Bréfritari: Jakobína Jónsdóttir
Viðtakandi: Sólveig Jónsdóttir
Dagsetning: A-1885-11-09
Skrifað á: Bessastöðum  Gull.
systir bréfviðtakanda

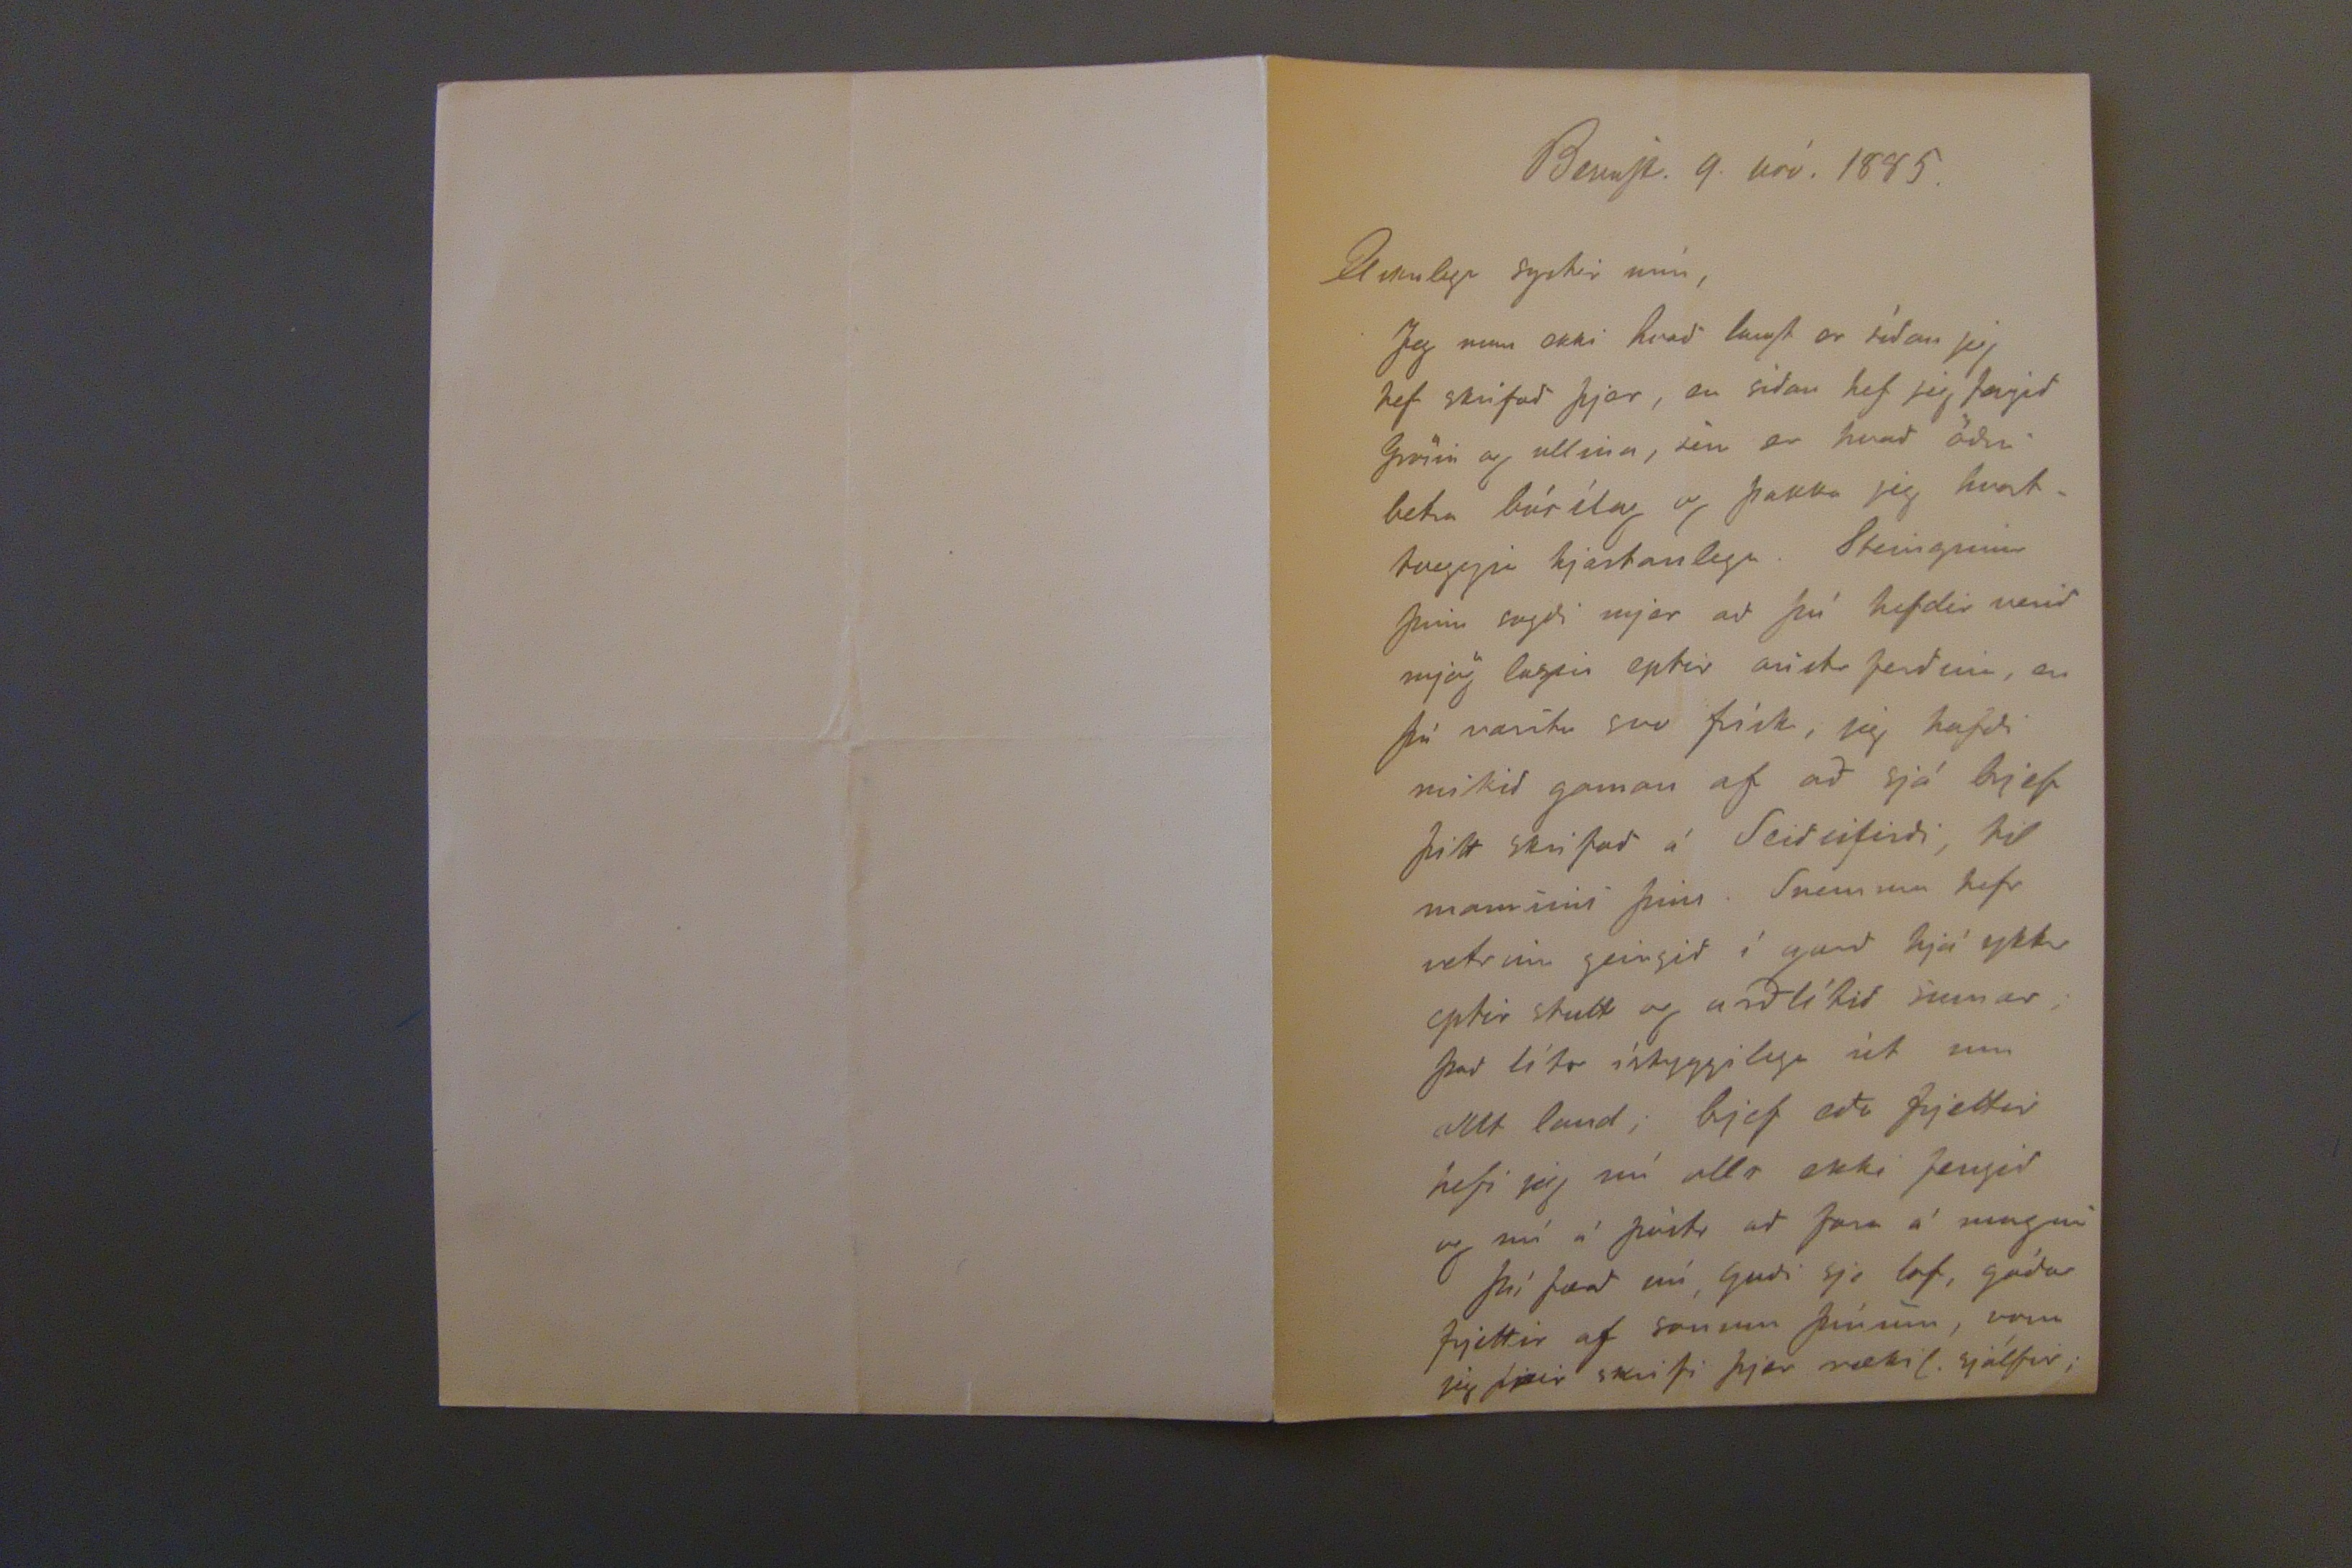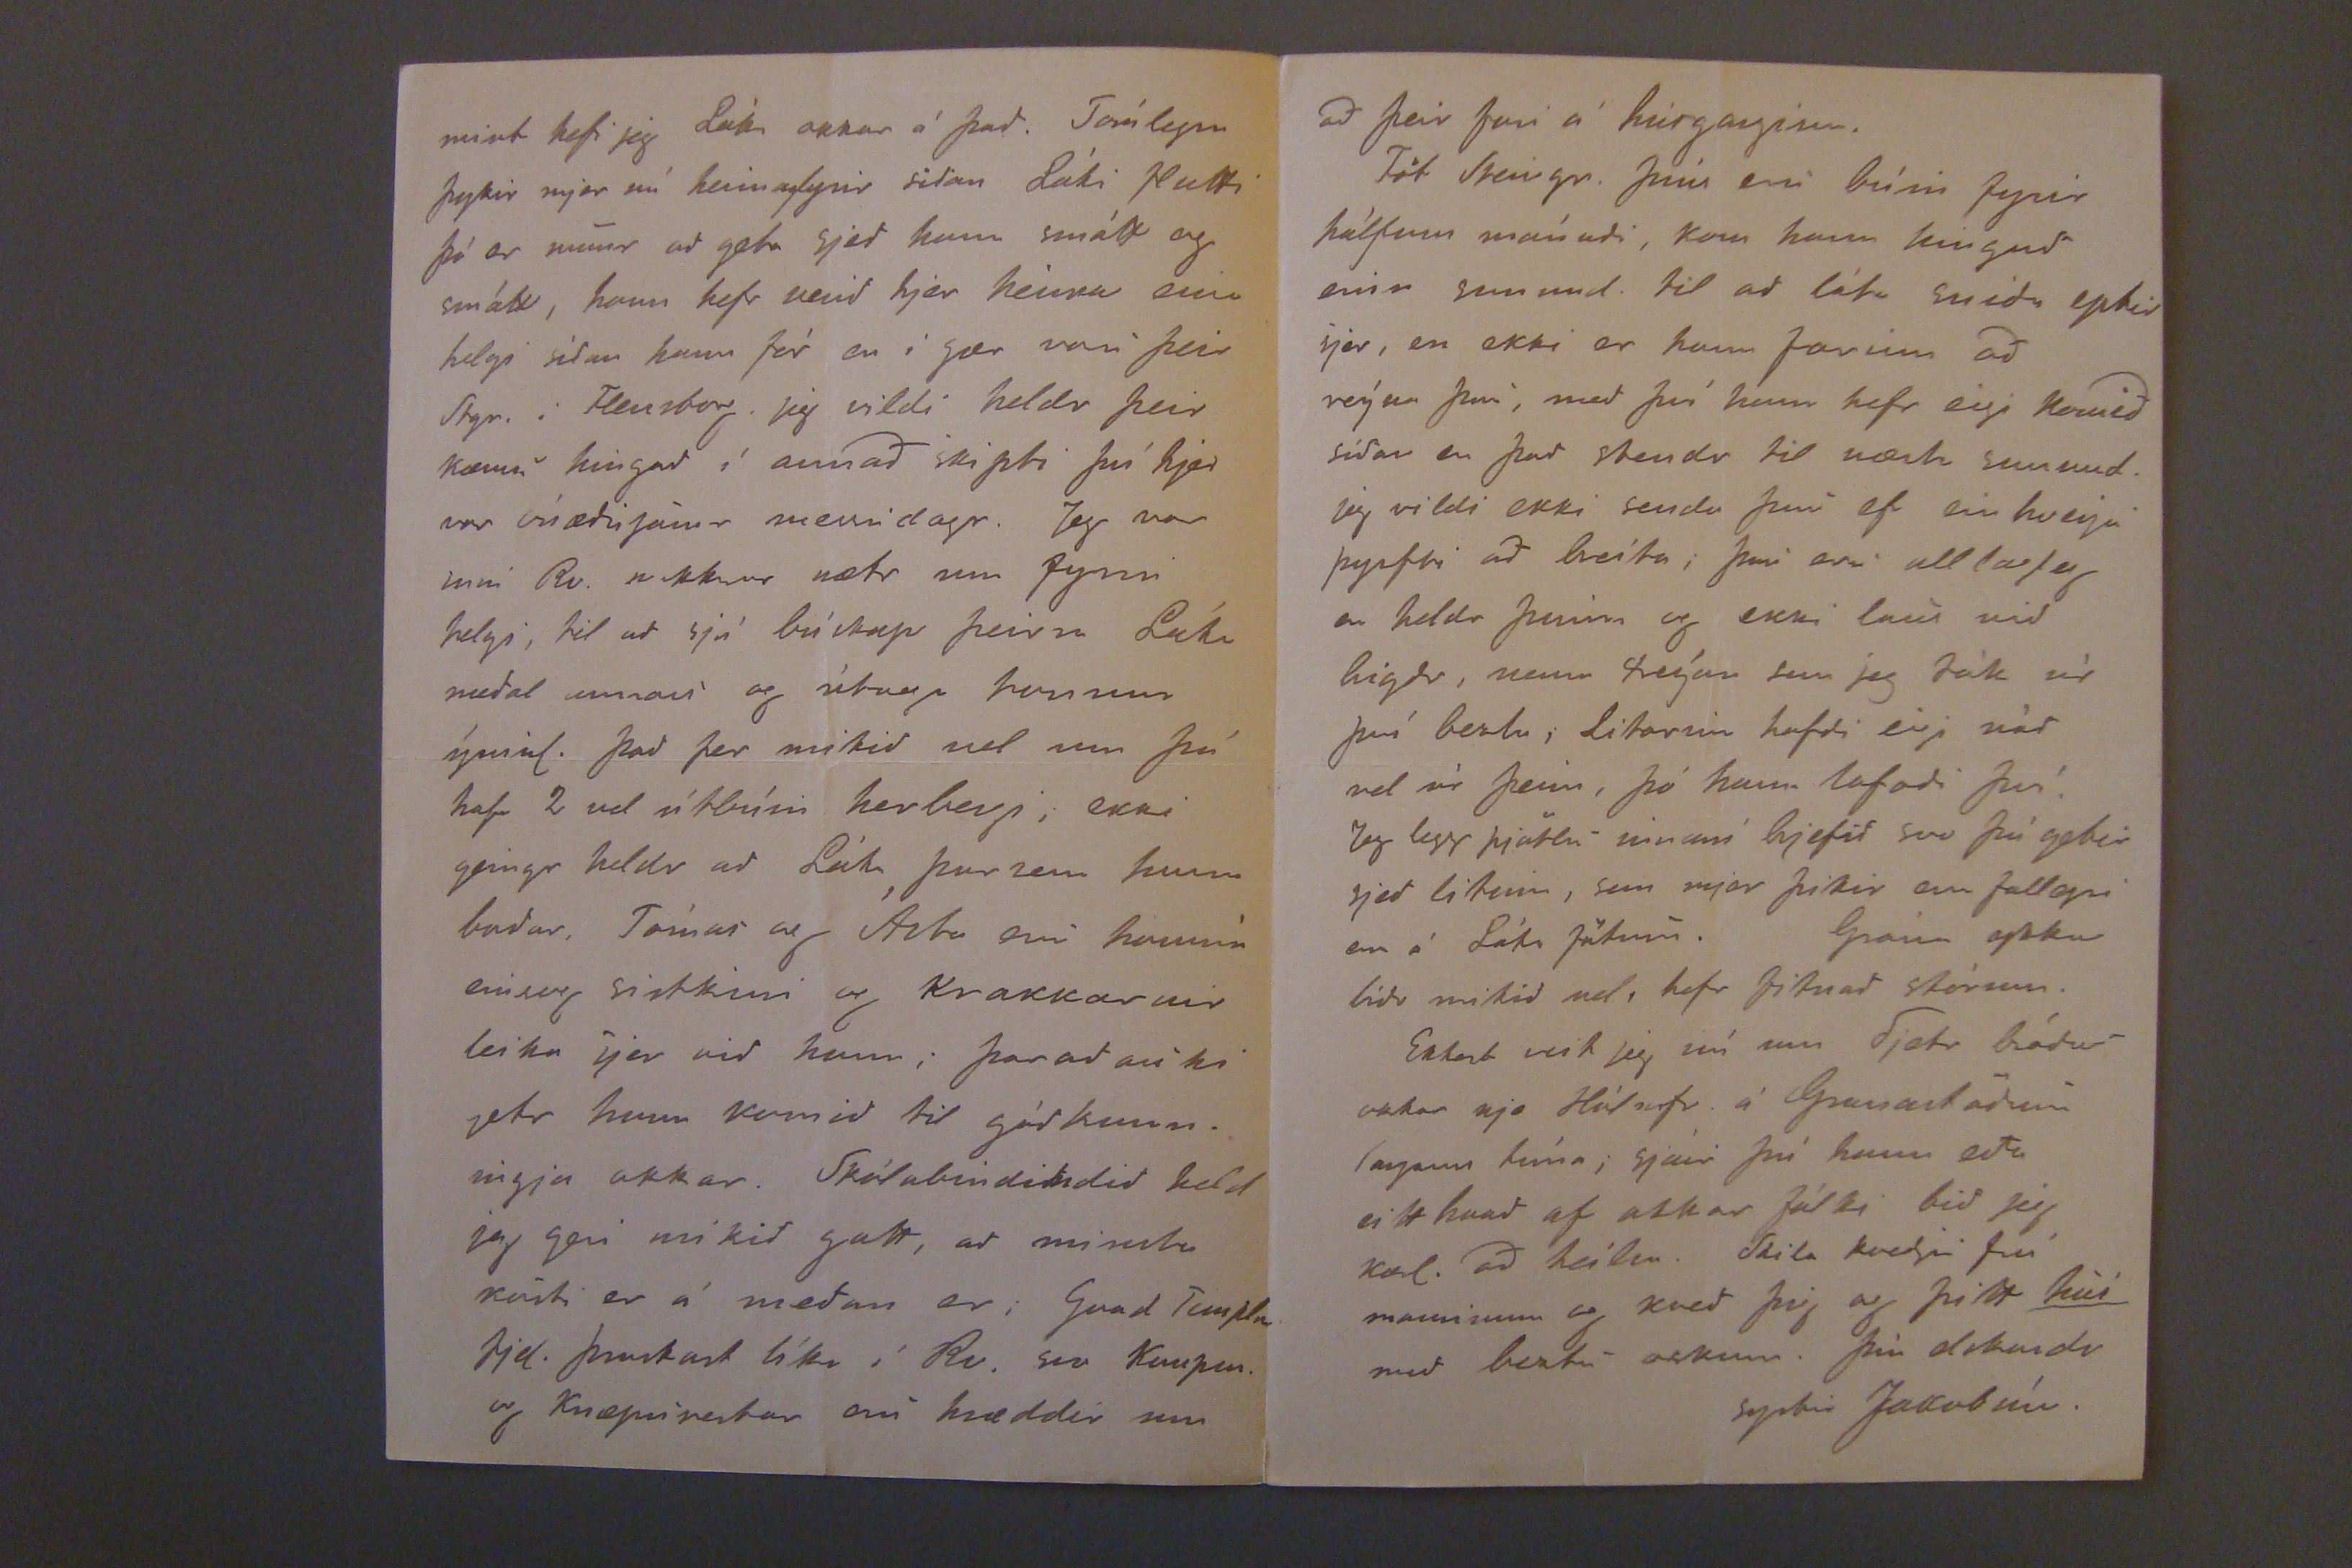

BessaSt. 9. nóv. 1885.
Elskulega systir mín,
Jeg man ekki hvað langt er síðan jeg hef skrifað þjer, en síðan hef jeg fengið Grösin og ullina, sem er hvað öðru betra búílag og þakka jeg hvorttveggji hjartanlega. Steingrimur þinn sagði mjer að þú hefdir verið mjög lasin eptir austr ferðina, en þú
varstu
svo frísk, jeg hafði mikið gaman af að sjá brjef þitt skrifað á Seiðisfirði, til mannsins þins. Snemma hefr veturinn geingið í garð hjá ykkr eptir stutt og arðlítið sumar; það lítr ístyggilega út um allt land; brjef eða frjettir hefi jeg nú allt ekki fengið og nú á póstr að fara á morgun
Þú færð nú Guði sje lof, góðar frjettir af sonum þínum, vona jeg
þær
skrifi þjer rækil. sjálfur;
mint hefi jeg Láka okkar á það.
Torílegra
þykir mjer nú heimafyrir siðan Láki flutti þá er munjur að geta sjeð hann smátt og smátt, hann hefr verið hjer heima um helgi síðan hann fór en í gær voru þeir Stgr. i Flensborg. jeg vildi heldr þeir kæmu hingað í annað skipti því hjer var úræðiSamur messidagr. Jeg var inni Rv. nokkrar nætr um fyrri helgi, til að sjá búskap þeirra Láka meðal annars og útvega honum meðal ýmisl. Það fer mikið vel um þá hafa 2 vel útbúin herbergi, ekki geingr heldr að Láka þar sem hann boðar, Tómas og Ásta eru honum einsog sistkini og Krakkarnir leika sjer við hann; þar að auki getr hann komið til góðkunningja okkar. Skólabindindið held jeg geri mikið gott, að minsta kosti er á meðan er;
Gvad Templs
fjel. þroskast líka í Rv. svo Kaupen. og Knæpurestar eru hræddir um
að þeir fari á húsganginn.
Föt Steingr. þíns eru búin fyrir hálfum mánuði, kom hann hingað einn sunnud. til að láta sniða eptir sjer, en ekki er hann farinn að reýna því, með því hann hefr eigi komið síðan en það stendr til næsta sunnud. jeg vildi ekki senda þau ef einhverju þyrfti að breíta; þau eru alllagleg en heldr þunn og ekki laus við higðr, nema treýur sem jeg tók úr því beztu; Litarnir hafði eigi náð vel úr þeim, þó hann lofaði því. Jeg legg þjötlu
vinum
brjefið svo þú getir sjeð litinn, sem mjer þikir eru fallegri en á Láka fötum. Grána ykkar líðr mikið vel, hefr fitnað stórum.
Ekkert veit jeg nú um Pjetr bróður okkar nje Hólmfr. á Grunastöðum langann tíma; sjáir þú hann eða eitthvað af okkar fólki bið jeg kærl. að heilsa. Skila kveðju frá manninum og kveð þig og þitt
hús
með beztu oskum. þín elskandi systir Jakobína.